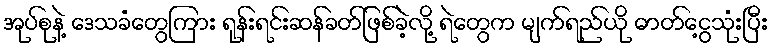
အုပ်စုနဲ့ ဒေသခံတွေကြား ရုန်းရင်းဆန်ခတ်ဖြစ်ခဲ့လို့ ရဲတွေက မျက်ရည်ယို ဓာတ်ငွေ့သုံးပြီး